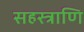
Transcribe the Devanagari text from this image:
सहस्त्राणि